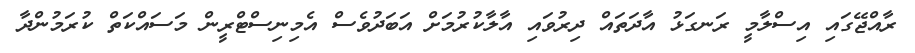
ރާއްޖޭގައި އިސްލާމީ ރަނގަޅު އާދަތައް ދިރުވައި އާލާކުރުމަށް އަބަދުވެސް އެމިނިސްޓްރީން މަސައްކަތް ކުރަމުންދާ